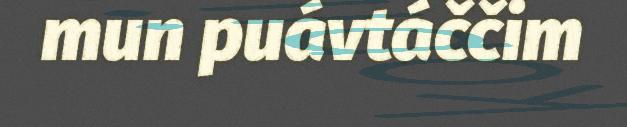
mun puávtáččim